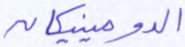
الدومينيكان